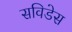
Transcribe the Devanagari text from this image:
सविडेस